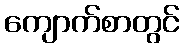
ကျောက်စာတွင်